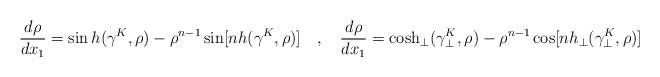
\begin{align*}\frac{d \rho}{d x_1}= \sin h(\gamma^K,\rho)- \rho^{n-1} \sin [nh(\gamma^K,\rho)]\hspace{0.4cm}, \hspace{0.4cm} \frac{d \rho}{d x_1}= \cosh_\perp(\gamma_\perp^K,\rho)- \rho^{n-1} \cos [nh_\perp(\gamma_\perp^K,\rho)]\end{align*}